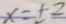
x = \pm 2